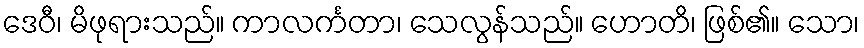
ဒေဝီ၊ မိဖုရားသည်။ ကာလင်္ကတာ၊ သေလွန်သည်။ ဟောတိ၊ ဖြစ်၏။ သော၊